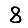
Digit: 8